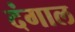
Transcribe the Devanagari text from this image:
दंगाल